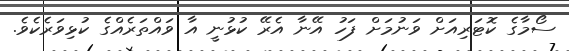
ސޯމާގެ ކޮޓަރިއަށް ވަނުމަށް ފަހު އޭނާ އެރޭ ކުޅުނީ އާ ވައްތަރެއްގެ ކުޅިވަރެކެވެ.